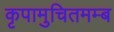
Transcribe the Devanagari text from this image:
कृपामुचितमम्ब